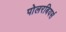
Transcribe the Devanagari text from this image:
पोलरबियर्स